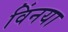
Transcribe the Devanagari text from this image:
विंनया